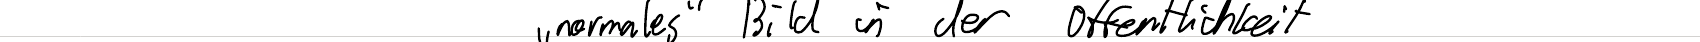
"normales" Bild in der Öffentlichkeit